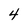
Character: 4